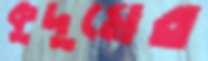
কুদুমের